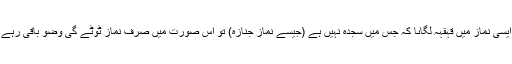
اگر ایسی نماز میں قہقہہ لگاىا کہ جس میں سجدہ نہیں ہے (جیسے نمازِ جنازہ) تو اس صورت میں صِرف نماز ٹوٹے گی وُضو باقى رہے گا ۔